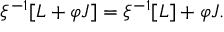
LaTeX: \xi ^ { - 1 } [ { \cal L } + \varphi J ] = \xi ^ { - 1 } [ { \cal L } ] + \varphi J .